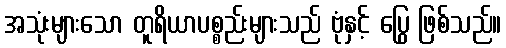
အသုံးများသော တူရိယာပစ္စည်းများသည် ဗုံနှင့် ပြွေ ဖြစ်သည်။